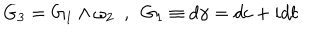
G _ { 3 } = G _ { 1 } \wedge \omega _ { 2 } ~ ~ , ~ ~ G _ { 1 } \equiv d \gamma = d c + i d b